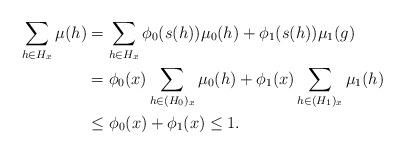
LaTeX: \begin{align*}\sum_{h\in H_{x}} \mu(h) & =\sum_{h\in H_{x}}\phi_0(s(h))\mu_0(h)+\phi_1(s(h))\mu_1(g) \\ & = \phi_0(x)\sum_{h\in (H_0)_x}\mu_0(h)+\phi_1(x)\sum_{h\in (H_1)_x}\mu_1(h) \\& \leq \phi_0(x)+\phi_1(x)\leq 1.\end{align*}